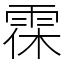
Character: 𩂯